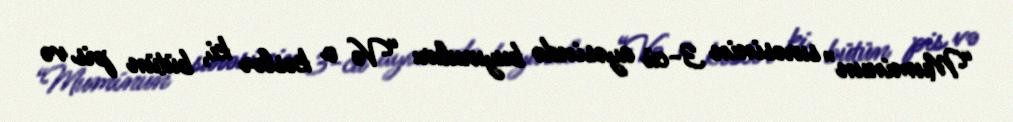
“Muminun” surəsinin 3-cü ayəsində buyurulur: “Və o kəslər ki, bütün pis və